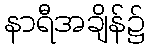
နာရီအချိန်၌